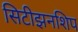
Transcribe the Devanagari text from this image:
सिटीझनशिप